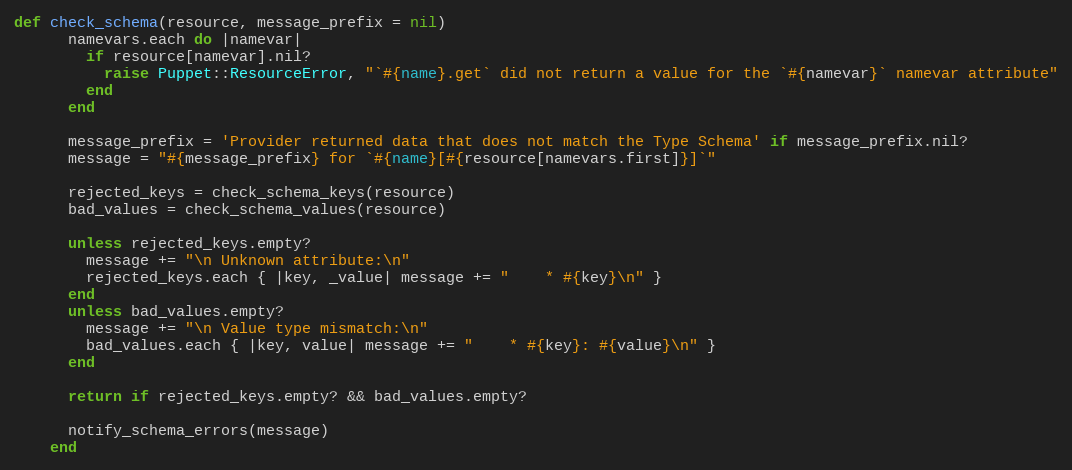
Language: Ruby
def check_schema(resource, message_prefix = nil)
      namevars.each do |namevar|
        if resource[namevar].nil?
          raise Puppet::ResourceError, "`#{name}.get` did not return a value for the `#{namevar}` namevar attribute"
        end
      end

      message_prefix = 'Provider returned data that does not match the Type Schema' if message_prefix.nil?
      message = "#{message_prefix} for `#{name}[#{resource[namevars.first]}]`"

      rejected_keys = check_schema_keys(resource)
      bad_values = check_schema_values(resource)

      unless rejected_keys.empty?
        message += "\n Unknown attribute:\n"
        rejected_keys.each { |key, _value| message += "    * #{key}\n" }
      end
      unless bad_values.empty?
        message += "\n Value type mismatch:\n"
        bad_values.each { |key, value| message += "    * #{key}: #{value}\n" }
      end

      return if rejected_keys.empty? && bad_values.empty?

      notify_schema_errors(message)
    end